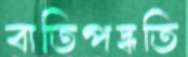
বাতিপদ্ধতি